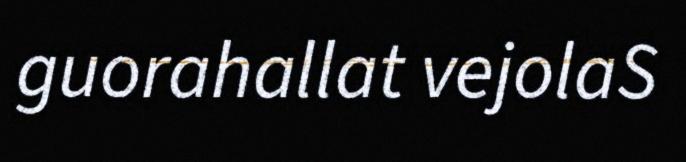
guorahallat vejolaS